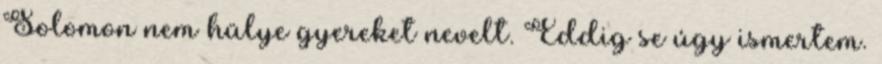
Solomon nem hülye gyereket nevelt. Eddig se úgy ismertem.